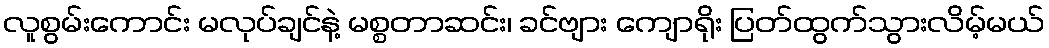
လူစွမ်းကောင်း မလုပ်ချင်နဲ့ မစ္စတာဆင်း၊ ခင်ဗျား ကျောရိုး ပြတ်ထွက်သွားလိမ့်မယ်